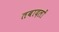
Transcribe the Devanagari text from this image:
तबादलों